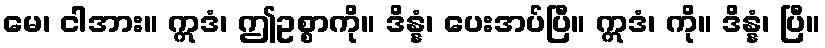
မေ၊ ငါအား။ ဣဒံ၊ ဤဥစ္စာကို။ ဒိန္နံ၊ ပေးအပ်ပြီ။ ဣဒံ၊ ကို။ ဒိန္နံ၊ ပြီ။